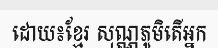
ដោយ៖ខ្មែរ សុណ្ណភូមិតើអ្នក